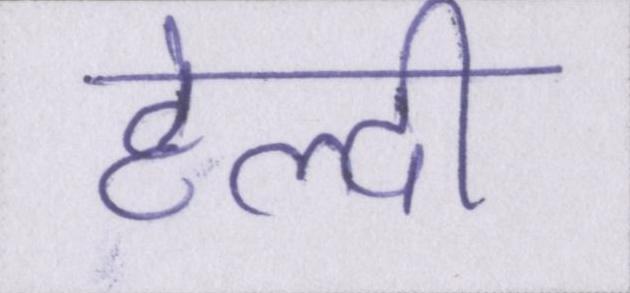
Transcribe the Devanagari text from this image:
हेल्दी